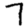
Digit: 7